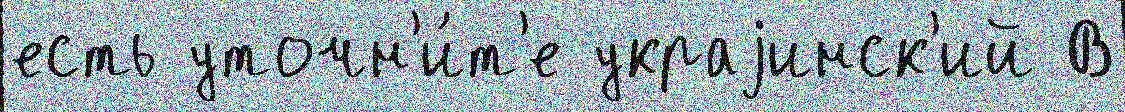
есть уточн'и́т'е украjинск'ий В